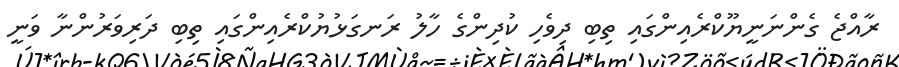
ރާއްޖެ ގެންނަނީޔޫކްރެއިންގަައި ތިބި ދިވެހި ކުދިންގެ ހާލު ރަނގަޅުޔުކްރެއިންގައި ތިބި ދަރިވަރުންނާ ވަނީ